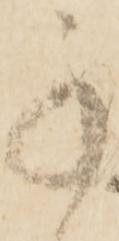
承